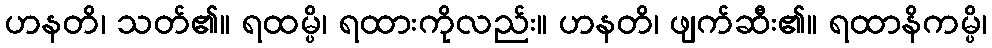
ဟနတိ၊ သတ်၏။ ရထမ္ပိ၊ ရထားကိုလည်း။ ဟနတိ၊ ဖျက်ဆီး၏။ ရထာနိကမ္ပိ၊